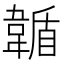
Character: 𩏋